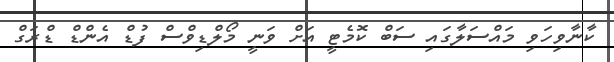
ކާނާވިހަވި މައްސަލާގައި ސަބް ކޮމެޓީ އަށް ވަނީ މޯލްޑިވްސް ފުޑް އެންޑް ޑްރަގް